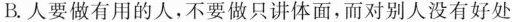
B.人要做有用的人，不要做只讲体面，而对别人没有好处